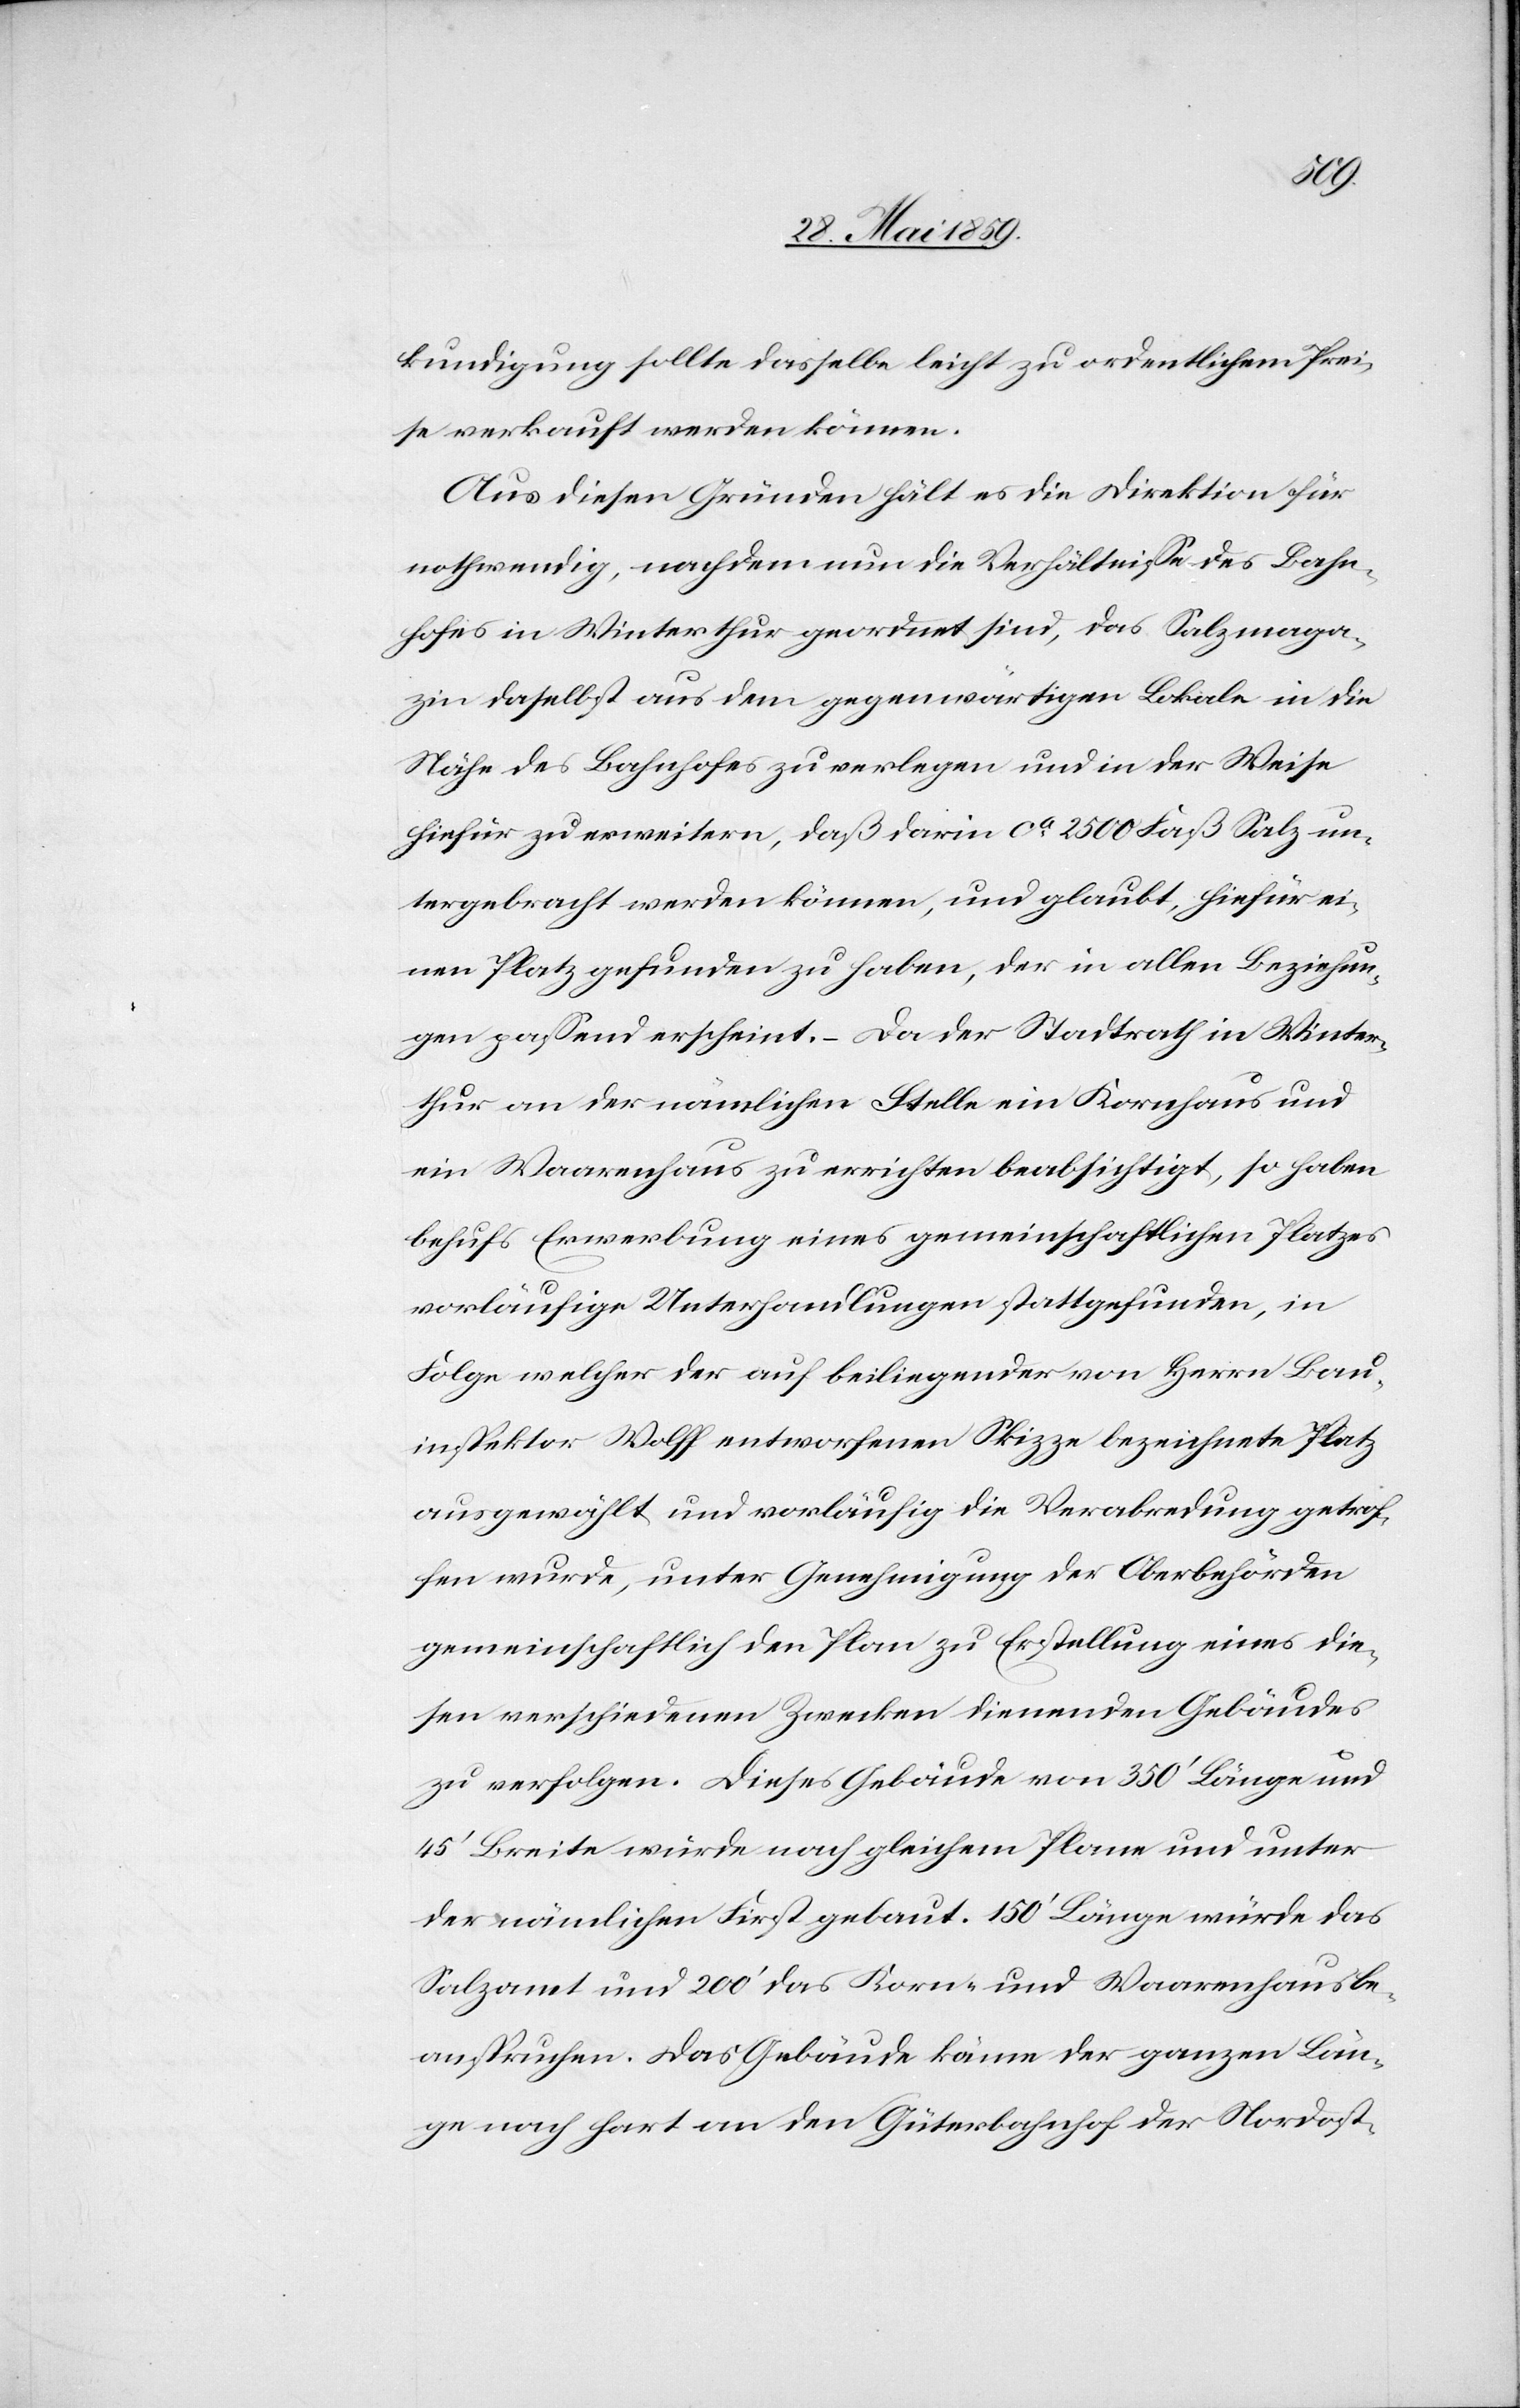
kundigung sollte dasselbe leicht zu ordentlichem Prei¬
se verkauft werden können.
Aus diesen Gründen hält es die Direktion für
nothwendig, nachdem nun die Verhältnisse des Bahn¬
hofes in Winterthur geordnet sind, das Salzmaga¬
zin daselbst aus dem gegenwärtigen Lokale in die
Nähe des Bahnhofes zu verlegen und in der Weise
hiefür zu erweitern, daß darin ca 2500 Faß Salz un¬
tergebracht werden können, und glaubt, hiefür ei¬
nen Platz gefunden zu haben, der in allen Beziehun¬
gen passend erscheint. – Da der Stadtrath in Winter¬
thur an der nämlichen Stelle ein Kornhaus und
ein Waarenhaus zu errichten beabsichtigt, so haben
behufs Erwerbung eines gemeinschaftlichen Platzes
vorläufige Unterhandlungen stattgefunden, in
Folge welcher der auf beiliegender von Herrn Bau¬
inspektor Wolff entworfenen Skizze bezeichnete Platz
ausgewählt und vorläufig die Verabredung getrof¬
fen wurde, unter Genehmigung der Oberbehörden
gemeinschaftlich den Plan zu Erstellung eines die¬
sen verschiedenen Zwecken dienenden Gebäudes
zu verfolgen. Dieses Gebäude von 350‘ Länge und
45‘ Breite würde nach gleichem Plane und unter
der nämlichen First gebaut. 150‘ Länge würde das
Salzamt und 200‘ das Korn- und Waarenhaus be¬
anspruchen. Das Gebäude käme der ganzen Län¬
ge nach hart an den Güterbahnhof der Nordost-